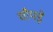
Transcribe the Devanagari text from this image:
चौपड़े